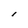
Character: l